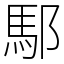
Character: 䣕